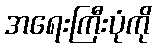
အရေးကြီးပုံကို